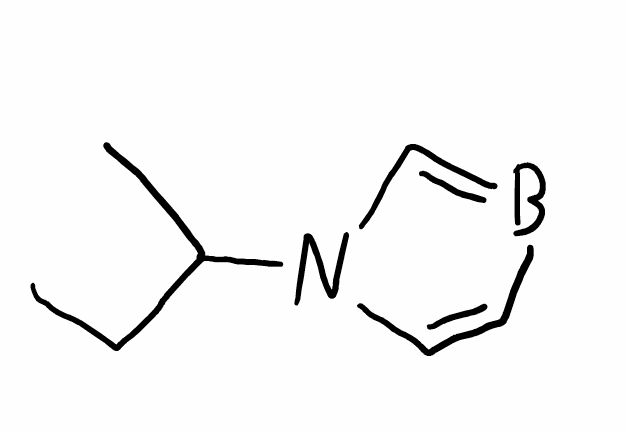
Simplified molecular-input line-entry system (SMILES) notation of the given molecule:
B1=CN(C=C1)C(C)CC